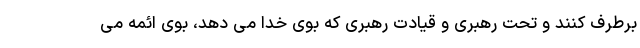
برطرف کنند و تحت رهبری و قیادت رهبری که بوی خدا می دهد، بوی ائمه می